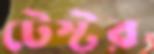
টেস্টর